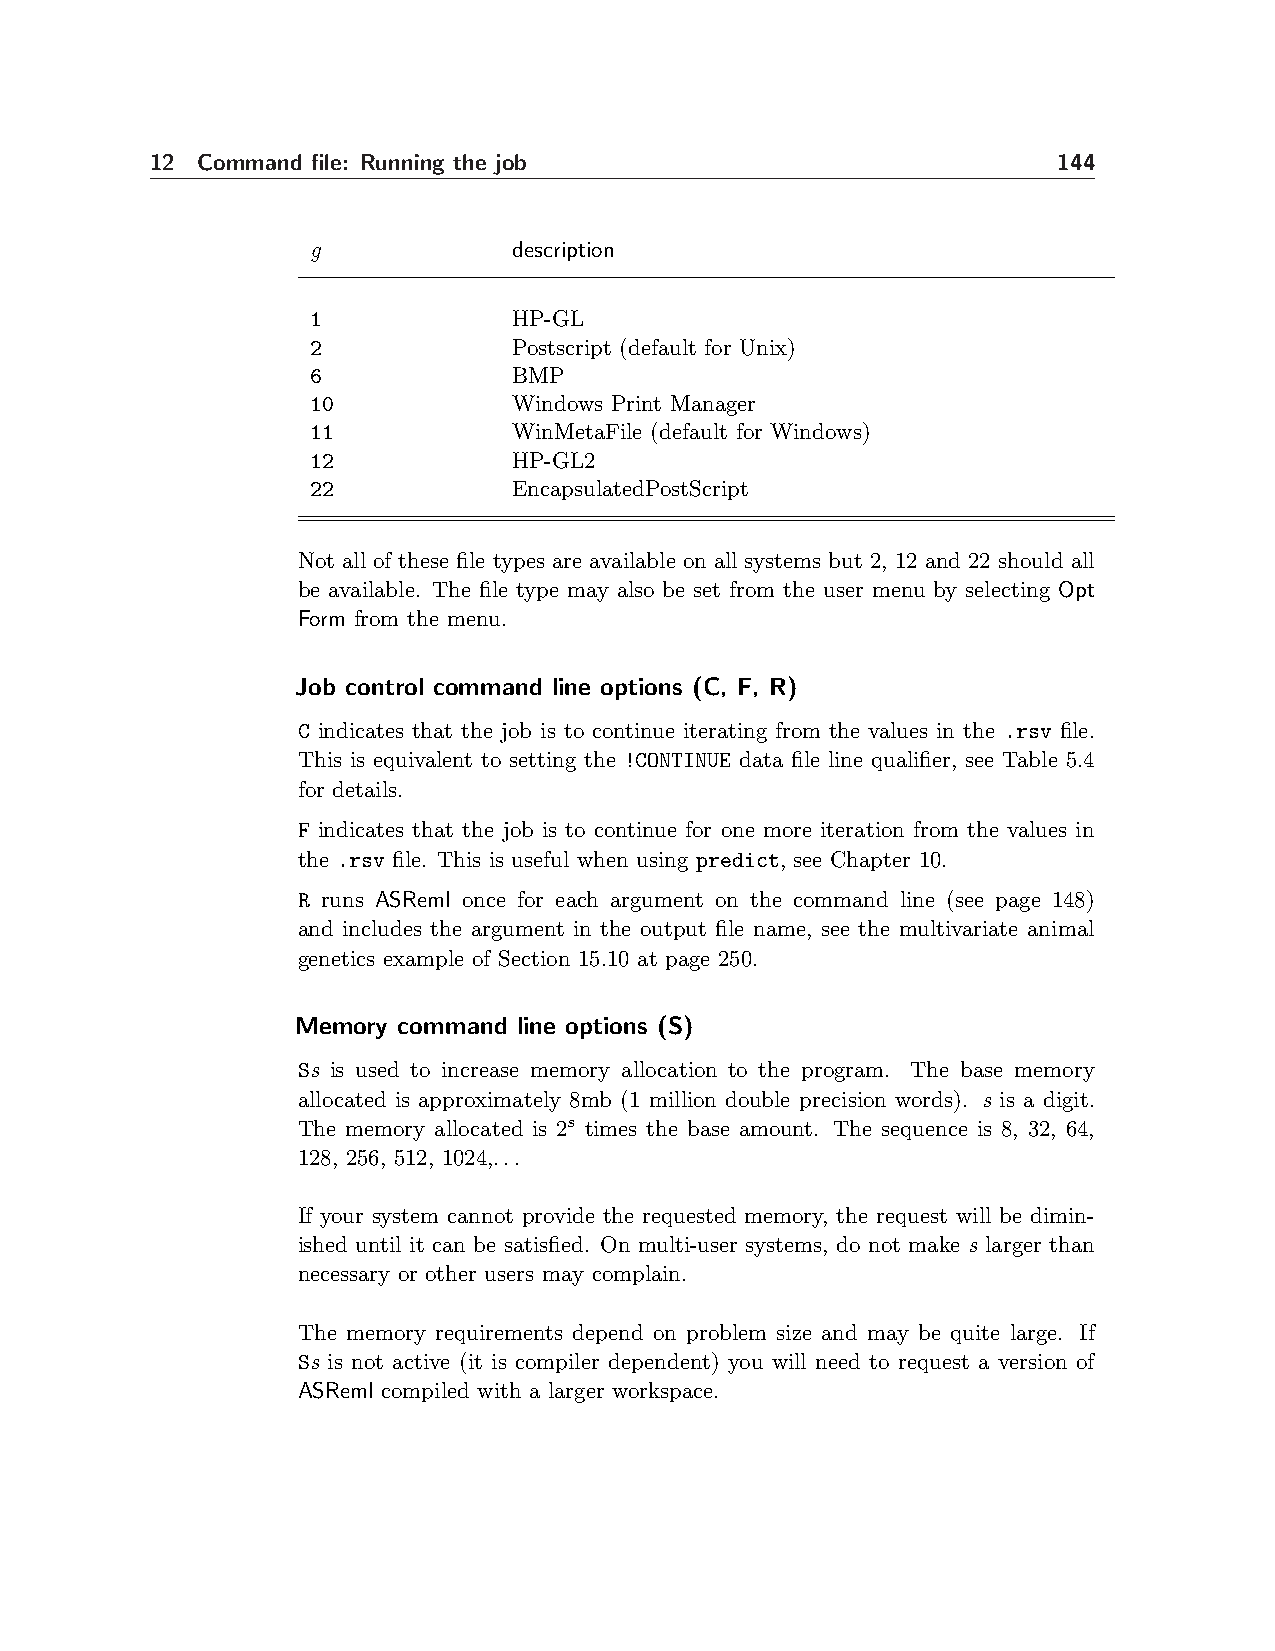
12 Command file: Running the job                            144
 g            description
 1            HP-GL
 2            Postscript (default for Unix)
 6            BMP
 10           Windows Print Manager
 11           WinMetaFile (default for Windows)
 12           HP-GL2
 22           EncapsulatedPostScript
 Not all of these file types are available on all systems but 2, 12 and 22 should all
 be available. The file type may also be set from the user menu by selecting Opt
 Form from the menu.
 Job control command line options (C, F, R)
 C indicates that the job is to continue iterating from the values in the .rsv file.
 This is equivalent to setting the !CONTINUE data file line qualifier, see Table 5.4
 for details.
 F indicates that the job is to continue for one more iteration from the values in
 the .rsv file. This is useful when using predict, see Chapter 10.
 R runs ASReml once for each argument on the command line (see page 148)
 and includes the argument in the output file name, see the multivariate animal
 genetics example of Section 15.10 at page 250.
 Memory command line options (S)
 Ss is used to increase memory allocation to the program. The base memory
 allocated is approximately 8mb (1 million double precision words). s is a digit.
 The memory allocated is 2s times the base amount. The sequence is 8, 32, 64,
 128, 256, 512, 1024,...
 If your system cannot provide the requested memory, the request will be dimin-
 ished until it can be satisfied. On multi-user systems, do not make s larger than
 necessary or other users may complain.
 The memory requirements depend on problem size and may be quite large. If
 Ss is not active (it is compiler dependent) you will need to request a version of
 ASReml compiled with a larger workspace.